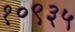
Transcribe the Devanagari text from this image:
१०९३५